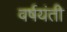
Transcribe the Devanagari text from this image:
वर्षयंती